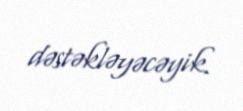
dəstəkləyəcəyik.